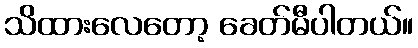
သိထားလေတော့ ခေတ်မီပါတယ်။